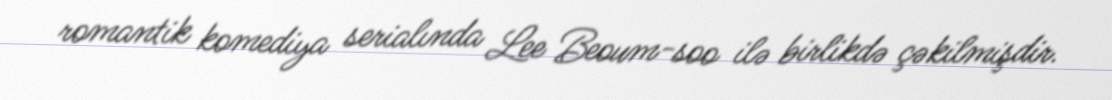
romantik komediya serialında Lee Beoum-soo ilə birlikdə çəkilmişdir.